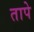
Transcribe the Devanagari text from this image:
तापे